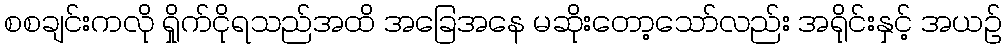
စစချင်းကလို ရှိုက်ငိုရသည်အထိ အခြေအနေ မဆိုးတော့သော်လည်း အရိုင်းနှင့် အယဉ်